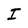
Character: I